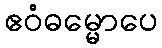
ဧဝံဓမ္မောပေ